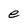
Character: e